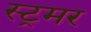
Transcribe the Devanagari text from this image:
स्ट्रमर